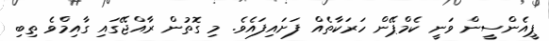
ޕީއެންސީން ވަނީ ކެމްޕޭން ހަރަކާތެއް ފަށައިފައެވެ. މި ގޮތުން ރާއްޖޭގައި ގާއިމްވެ ތިބި